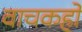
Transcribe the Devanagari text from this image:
वाचकहो